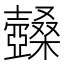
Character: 𡕏